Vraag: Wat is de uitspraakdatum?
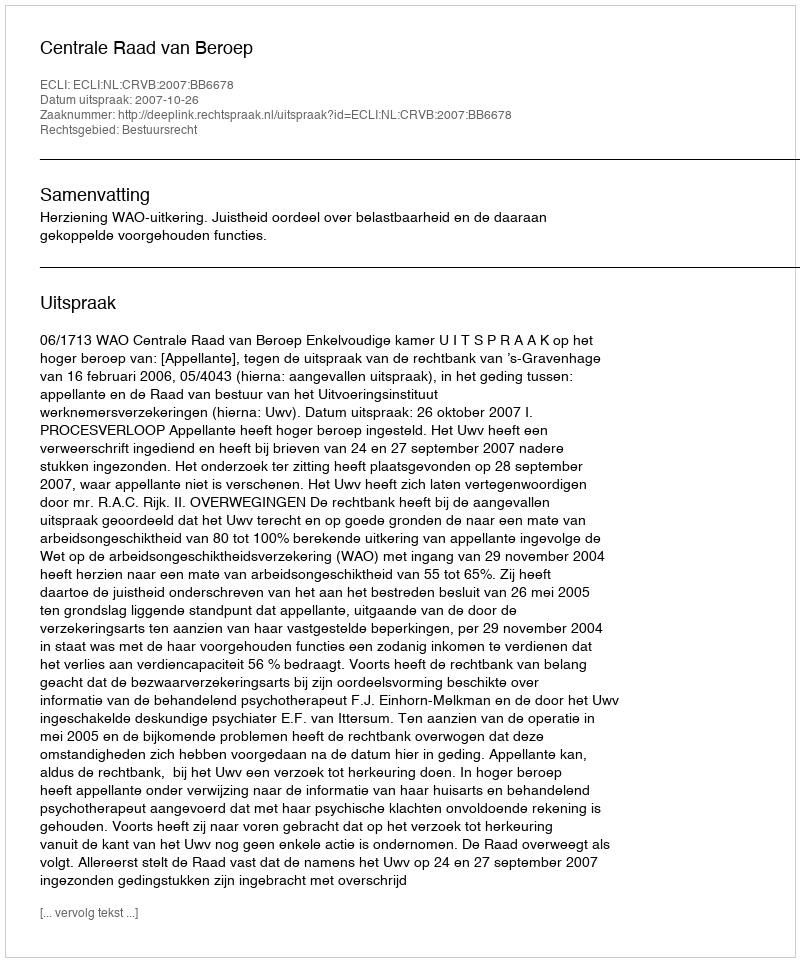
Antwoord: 2007-10-26